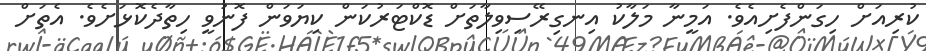
ކުރިއަށް ހިގަންފެށިއެވެ. އަމީނާ މަލާކު އިނގިރޭސިވިލާތަށް ޑޮކްޓަރުކަން ކިޔަވަން ފޮނުވީ ހިތާދެކޮޅަށެވެ. އެތަށް